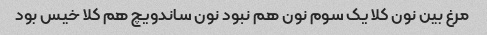
مرغ بین نون کلا یک سوم نون هم نبود نون ساندویچ هم کلا خیس بود